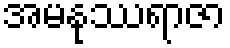
အမနုဿရာဇာ